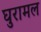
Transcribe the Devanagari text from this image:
घुरामल